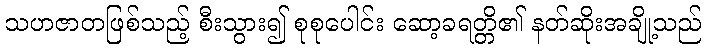
သဟဇာတဖြစ်သည့် စီးသွား၍ စုစုပေါင်း ဆော့ခရတ္တိ၏ နတ်ဆိုးအချို့သည်